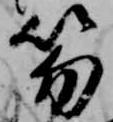
笏